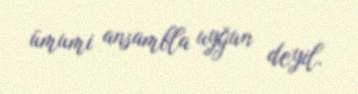
ümumi ansambla uyğun deyil.